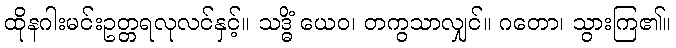
ထိုနဂါးမင်းဥတ္တရလုလင်နှင့်။ သဒ္ဓိံ ယေဝ၊ တကွသာလျှင်။ ဂတော၊ သွားကြ၏။